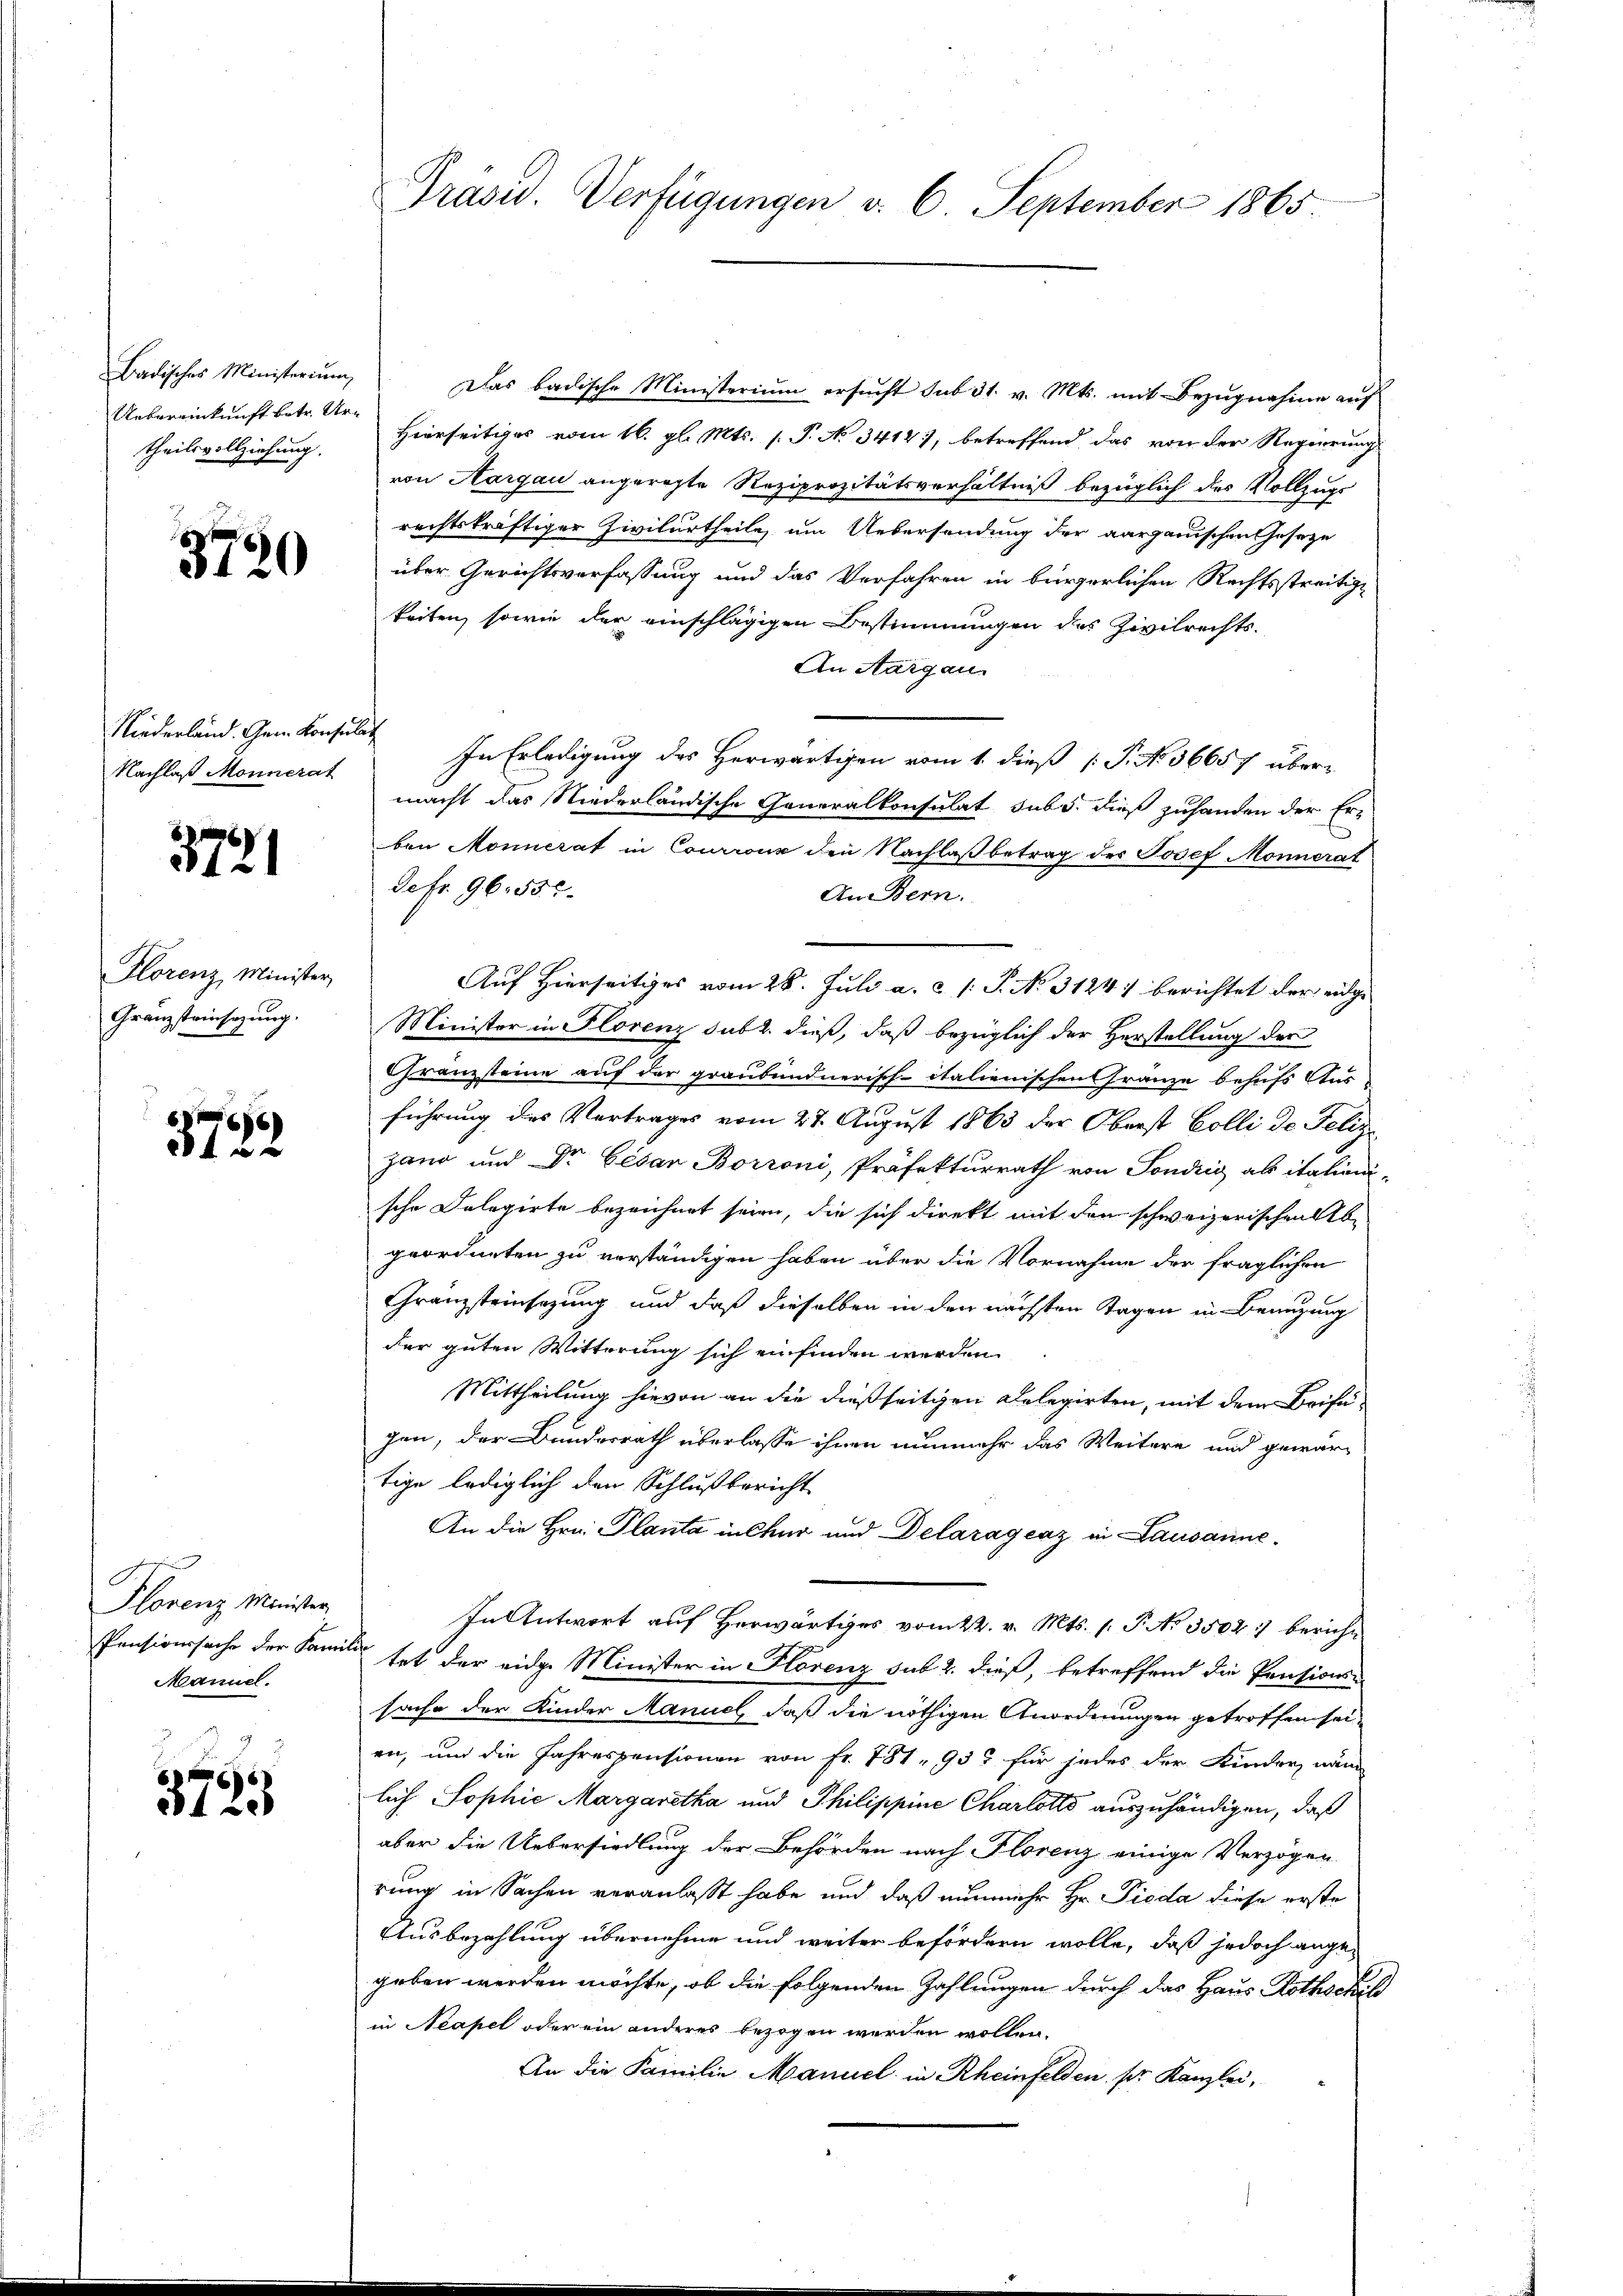
Badisches Ministerium,
Uebereinkunft betr. Urtheilsvollziehung.

3720

Niederland. Gem. Konsulat
Nachlaß Monnerat

3721

Florenz Minister,
Granzsteinsatzung.

3782

C
Plorenz Minister
Pensionssache der Fami
Mannel.

f
810

Präsid. Verfügungen d. 6. September 1865

Das badische Ministerium ersucht sub 31. v. Mts. mit Bezugnahme auf
Hierseitiges vom 16. gl. Mts. s P. No 3414, betreffend das von der Regierung
von Aargau angeregte Reziprozitätsverhältniß bezüglich des Vollzugs
rechtskräftiger Zivilurtheile, um Uebersendung der aargauischen Geseze
über Gerichtsverfassung und das Verfahren in bürgerlichen Rechtsstreitige
keiten, sowie der einschlägigen Bestimmungen des Zivilrechts-
An Aargau.
In Erledigung des Herwärtigen vom 1. dieß P. No. 36657 über-
macht das Niederländische Generalkonsulat subs. dieß zuhanden der Er-
ben Monnerat in Courrons den Nachlaß betrag des Josef Monnerat
Sefr. 96. 557.
AnBern.
Auf Hierseitiges vom 28. Juli a. c. /: P. No. 3124) berichtet der eidge
Minister in Florenz sub 2. dieß, daß bezüglich der Herstellung der
Franzsteine auf der graubündnerisch-italienischen Gränze behufs Aus
führung des Vertrages vom 27. August 1863 der Oberst Colli de Feliz-
gang und Dr. Cesar Borroni, Präfekturrath von Sondrig als italieni-
sche Delegirte bezeichnet seien, die sich direkt mit den schweizerischen Abe
geordneten zu verständigen haben über die Vornahme der fraglichen
Granzsteinsezung und daß dieselben in den nächsten Tagen in Benutzung
der guten Witterung sich einfinden werden.
Mittheilung hievon an die dießseitigen Delegirten, mit dem Krifigen, der Bundesrath überlasse ihnen nunmehr das Weitere und gewär-
tige lediglich den Schlußbericht
An die Hrn. Planta in Chur und Delaragenz in Lausanne.
In Antwort auf Herwärtiges vom 24. v. Mts. 1. P. No 3504 :/ berichtet der eidge Minister in Florenz sub 2. dieß, betreffend die Pensions-
sache der Kinder Manuel, daß die nöthigen Anordnungen getroffen sei,
en, und die Jahrespensionen von fr. 781, 935 für jedes der Kinder, nam
lich Sophie Margaretha und Philippine Charlotto auszuhändigen, daß
aber die Uebersiedlung der Behörden nach Florenz einige Verzögen.
rung in Sachen veranlaßt habe und daß nunmehr Hr. Pioda diese erste
Ausbezahlung übernehme und weiter befördern wolle, daß jedoch angegeben werden möchte, ob die folgenden Zahlungen durch das Haus Rothschild
in Neapel oder ein anderes bezogen werden wollen.
An die Familie Manuel in Rheinfelden pr. Kanzlei,